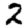
Digit: 2